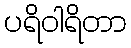
ပရိဝါရိတာ